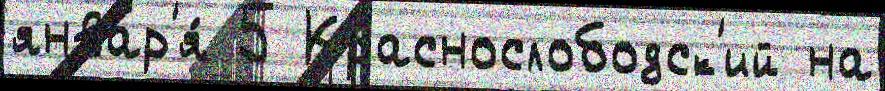
январ'я́ 5 Краснослободск'ий на